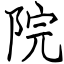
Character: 院